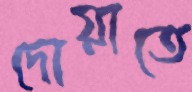
দোয়াতে